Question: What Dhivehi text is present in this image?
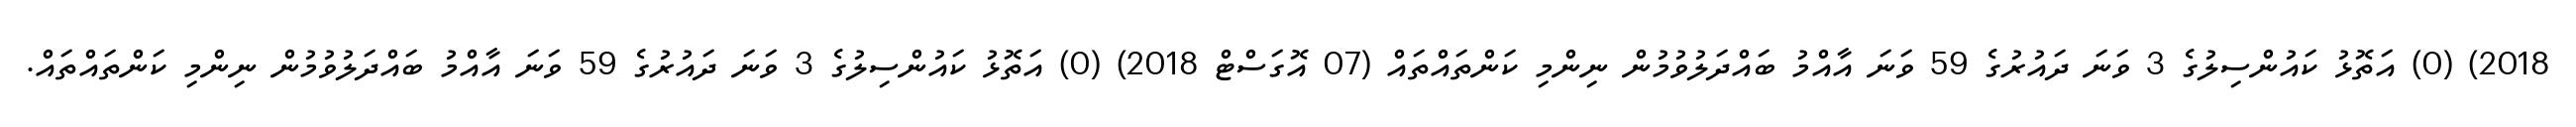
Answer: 2018) (0) އަތޮޅު ކައުންސިލުގެ 3 ވަނަ ދައުރުގެ 59 ވަނަ އާއްމު ބައްދަލުވުމުން ނިންމި ކަންތައްތައް (07 އޮގަސްޓް 2018) (0) އަތޮޅު ކައުންސިލުގެ 3 ވަނަ ދައުރުގެ 59 ވަނަ އާއްމު ބައްދަލުވުމުން ނިންމި ކަންތައްތައް.